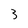
Character: 3